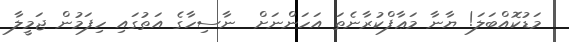
މަޑުކޮއްބަލަ! ޔާނާ މަޢާފްކުރާނެތަ އަހަންނަށް  ނާސިހާގެ އަތުގައި ހިފަމުން ޖަމީލާ